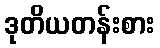
ဒုတိယတန်းစား